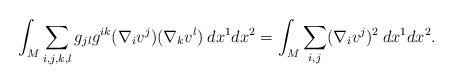
LaTeX: \begin{align*} \int_M \sum_{i,j,k,l} g_{jl} g^{ik} (\nabla_i v^j) (\nabla_k v^l) \: dx^1 dx^2 =\int_M \sum_{i,j} (\nabla_i v^j)^2 \: dx^1 dx^2.\end{align*}